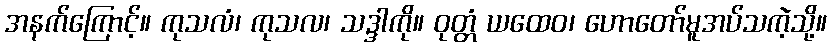
အနက်ကြောင့်။ ကုသလံ၊ ကုသလ၊ သဒ္ဒါကို။ ဝုတ္တံ ယထေဝ၊ ဟောတော်မူအပ်သကဲ့သို့။